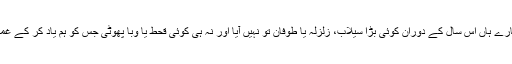
بظاہر ہمارے ہاں اس سال کے دوران کوئی بڑا سیلاب، زلزلہ یا طوفان تو نہیں آیا اور نہ ہی کوئی قحط یا وبا ٔپھوٹی جس کو ہم یاد کر کے غمزدہ ہوں ۔